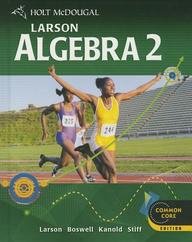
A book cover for Holt McDougal Larson Algebra 2: Student Edition 2012; HOLT MCDOUGAL; Teen & Young Adult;